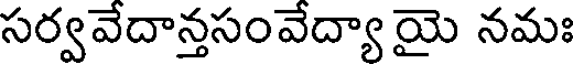
సర్వవేదాన్తసంవేద్యా యై నమః